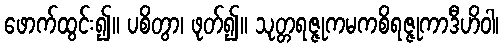
ဖောက်ထွင်း၍။ ပစိတွာ၊ ဖုတ်၍။ သုတ္တရဇ္ဇုကမကစိရဇ္ဇုကာဒီဟိဝါ၊